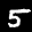
Label: 5